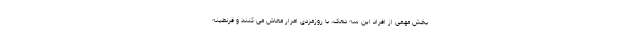
بخش مهمی از افراد این سه دهک، با روزمزدی امرار معاش می کنند و قرنطینه